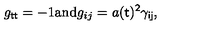
g _ { \sf t t } = - 1 \mathrm { a n d } g _ { i j } = a ( \sf t ) ^ { 2 } \gamma _ { i j } ,